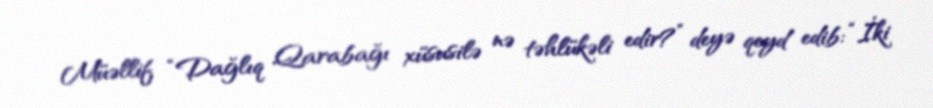
Müəllif “Dağlıq Qarabağı xüsusilə nə təhlükəli edir?” deyə qeyd edib: “İki